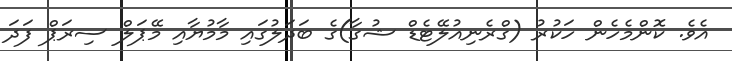
އެވެ. ކޮންމެހެން ހަކުރު (ގްރެނިއުލޭޓެޑް ޝުގާ)ގެ ބަދަލުގައި މާމުޔާއި މޭޕަލް ސިރަޕް ފަދަ